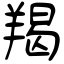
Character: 羯